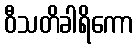
ဝီသတိခါရိကော